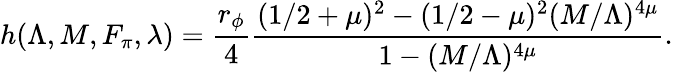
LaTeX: h(\Lambda,M,F_{\pi},\lambda)=\frac{r_{\phi}}{4}\frac{(1/2+\mu)^{2}-(1/2-\mu)^{2}(M/\Lambda)^{4\mu}}{1-(M/\Lambda)^{4\mu}}.